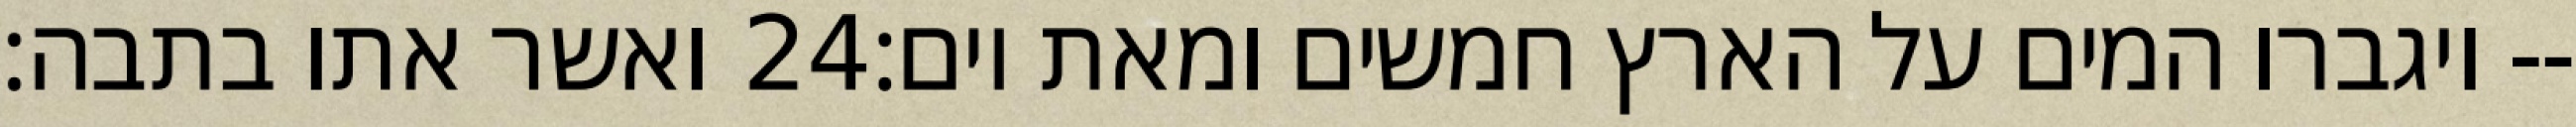
ואשר אתו בתבה׃ ‎24‏ ויגברו המים על הארץ חמשים ומאת יום׃--